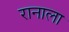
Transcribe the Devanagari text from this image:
रानाला